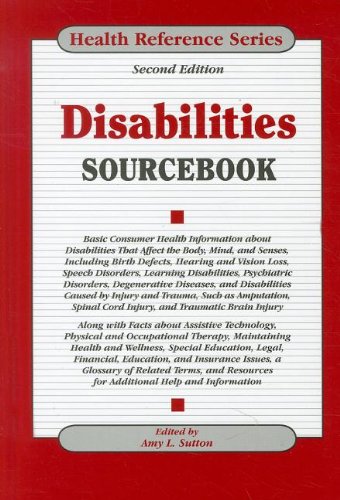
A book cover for Disabilities Sourcebook (Health Reference Series); Health, Fitness & Dieting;